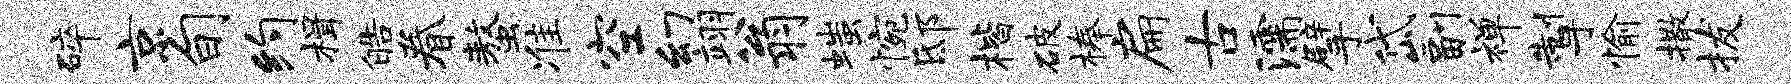
碎京旬约楫皓眷螯准空幻翊翁嗤惋邸楷破榛扁古濡擘岱副禅掣愉撒拔